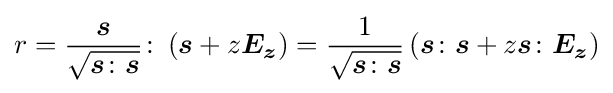
r={\frac {\boldsymbol {s}}{\sqrt {{\boldsymbol {s}}\colon {\boldsymbol {s}}}}}\colon \left({\boldsymbol {s}}+z{\boldsymbol {E_{z}}}\right)={\frac {1}{\sqrt {{\boldsymbol {s}}\colon {\boldsymbol {s}}}}}\left({\boldsymbol {s}}\colon {\boldsymbol {s}}+z{\boldsymbol {s}}\colon {\boldsymbol {E_{z}}}\right)